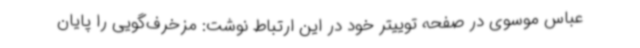
عباس موسوی در صفحه توییتر خود در این ارتباط نوشت: مزخرف‌گویی را پایان